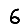
Digit: 6